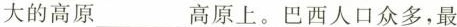
大的高原___高原上。巴西人口众多，最